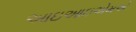
આઇઆઇએમએ